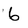
Character: 6